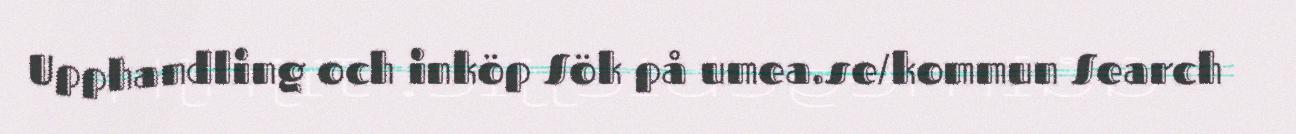
Upphandling och inköp Sök på umea.se/kommun Search